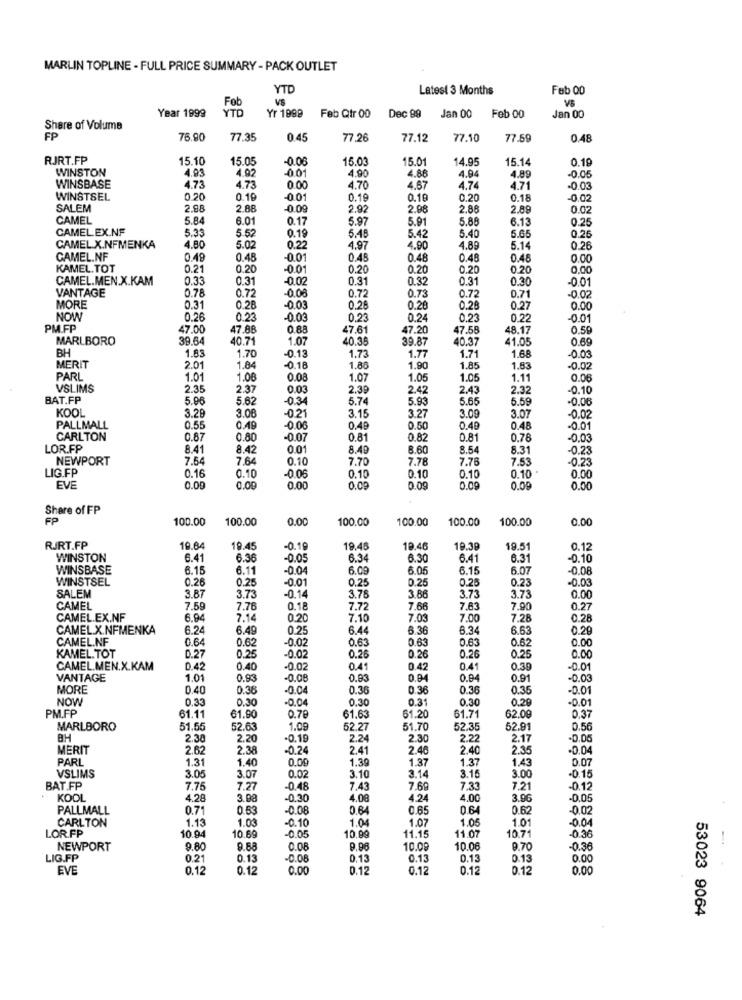
MARLIN TOPLINE - FULL PRICE SUMMARY - PACK OUTLET
YTD
Latest 3 Months
Fab 00
Fob
VS
Year 1999
YTD
Yr 1999
Feb Qtr 00
Dec 99
Jan 00
Feb 00
Jan 00
Share of Volume
FP
76.90
77.35
0 45
77.26
77.12
77.10
77.59
0.48
RJRT.FP
15.1
15.05
-0.06
15.0
15.01
14.95
15.14
0.19
WINSTON
4.93
4.02
-001
4.90
-0.05
4.86
4.94
4.89
4.71
WINSBASE
4.73
4.73
0.00
4.70
4.67
4.74
-0.0
WINSTSEL
0.20
0.19
-0.01
0.19
0.10
0.20
0.18
0.02
SALEM
2.98
2.88
-0.09
2.92
2.98
2.88
2.89
0.02
CAMEL
5.84
6.01
0.17
5.97
5.91
5.88
6.13
CAMEL EX.NF
5.33
5.52
0.19
5.45
5.65
0.25
5.42
5.40
0.25
CAMEL X.NFMENKA
4.80
5.02
0.22
4.97
4.90
4.89
5.14
0.26
CAMEL.NF
0.49
0.48
-0.01
0.45
0.48
0.48
0.48
0.00
KAMEL.TOT
0.21
0.20
-0.01
0.20
0.20
0.20
0.20
0.00
CAMEL.MEN.X.KAM
0.33
0.31
-0.02
0.31
0.32
0.31
0.30
-0.0'
VANTAGE
0.78
0.72
00
0.72
0.73
0.72
0.71
-0.02
MORE
0.31
0.2B
-0.03
0.28
0.28
0.28
0.27
0.00
NOW
0.26
0.23
-0.03
0.23
0.24
0.23
0.22
-0.01
PM.FP
47.00
47.88
0.88
47.61
47.20
47.58
48.17
0.50
MARLBORO
39.64
40.71
1.07
40.35
39.87
40.37
41.05
0.69
BH
1.83
1.71
1.70
-0.13
1.73
1.77
1.68
-0.03
MERIT
2.01
1.84
-0.18
1.88
1.90
1.85
1.83
0.02
PARL
1.01
1.08
0.08
1.07
1.05
1.05
1.11
0.06
VSLIMS
2.35
2.37
0.0
2.3
2.42
2.43
2.32
-0.10
BAT.FP
5.96
5.62
-0.34
5.74
5.93
5.65
5.59
-0.06
KOOL
3.29
3.09
3.07
3.06
-0.21
3.15
3.27
-0.02
PALLMALL
0.55
0.49
-0.06
0.49
0.50
0.48
0.48
-0.01
CARLTON
0.87
0.8
-0.07
0.81
0.8
0.81
0.78
-0,03
LOR.FP
8.41
8.42
0.01
8.40
8.60
8.54
8.31
-0.23
NEWPORT
7.54
7.64
0.10
7.70
7.78
7.76
7.53
0.23
LIG.FP
0.16
-0.0
0.10
0.10
0.10
0.10
0.10
0.00
EVE
0.00
0.00
0.00
0.09
0.09
0.00
0.00
0.00
Share of FP
FP
100.00
100.00
0.00
100.00
100.00
100.00
100.00
0.00
RJRT.FP
19.64
19.45
-0.19
19.45
19.46
19.39
19.51
0.12
WINSTON
6.4
6.36
-0.05
6.34
6.30
6.41
6.31
-0.10
WINSBASE
6.15
6.11
-0.04
6.0
6.05
6.15
6.07
-0.08
WINSTSEL
0.26
0.25
0.25
0.25
0.25
0.23
-0.03
-0.01
SALEM
3.87
3.7
-0.14
3.76
3.86
3.73
3.73
0.00
CAMEL
7.59
7.76
0.18
7.72
7.66
7.83
7.90
0.27
CAMEL.EX.NF
6.94
7.14
0.20
7.10
7.03
7.00
7.28
0.28
CAMEL.X.NFMENKA
6.24
6.49
0.25
6.4
6.36
6.34
6.63
0.20
CAMEL.NF
0.64
0.62
-0.02
0.63
0.63
0.63
0.62
0.00
KAMEL. TOT
0.27
0.25
-0.02
0.26
0.26
0.26
0.25
0.00
CAMEL.MEN.X.KAM
0.42
0.40
-0.02
0.41
0.42
0.41
0.39
0.01
VANTAGE
1.01
0.93
-0.08
0.83
0.84
0.94
0.91
-0.03
MORE
0.40
0.36
-0.04
0.36
0.36
0.36
0.35
-0.01
NOW
0.33
0.30
-0.04
0.30
0.31
0.30
0.29
-0.01
PM.FP
61.1
61.90
0.78
61.63
61.20
61.71
62.09
0.37
MARLBORO
51.56
52.63
1.09
52.27
51.70
52.35
52.91
0.56
BH
2.30
2.20
0.19
2.24
2.30
2.22
2.17
-0.00
MERIT
2.62
2.38
-0.24
2.41
2.46
2.40
2.35
-0.04
PARL
1.31
1.40
0.09
1.39
1.37
1.37
1.43
0.07
VSLIMS
3.05
3.07
0.02
3.10
3.14
3.15
3.00
-0.15
BAT.FP
7.75
7,27
-0.48
7.43
7.69
7.33
7,21
-0.12
KOOL
4.28
3.08
-0.30
4.00
4.24
4.00
3.0
-0.05
PALLMALL
0.71
0.63
-0.08
0.64
0.65
0.64
0.62
-0.02
CARLTON
1.13
1.03
-0.10
1.0
1.07
1.05
1.01
0.04
LOR.FP
10.94
10.69
10,99
11.15
1.07
-0.05
10.71
-0.36
NEWPORT
9.80
9.88
0.08
10.08
10.06
9.70
-0.30
LIG.FP
0.21
0.13
-0.08
0.13
0.13
0.13
0.13
0.00
EVE
0.12
0.12
0.00
0.12
0.12
0.12
0.12
0.00
53023 9064